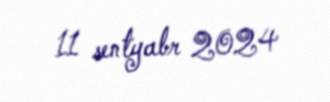
11 sentyabr 2024